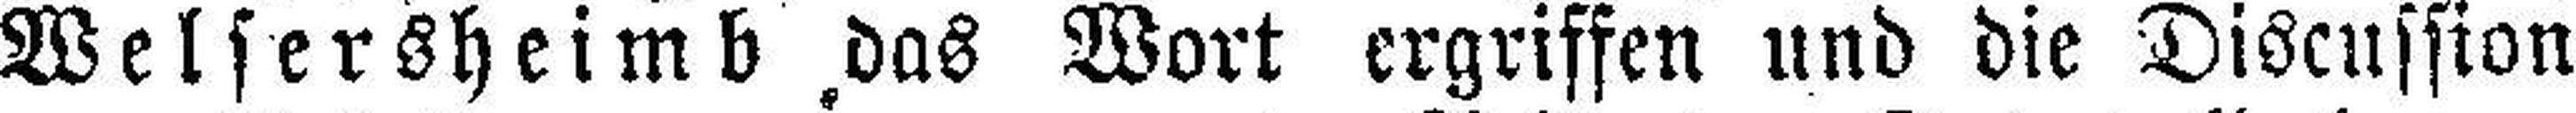
Welsersheimb das Wort ergriffen und die Discussion